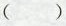
（ ）